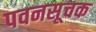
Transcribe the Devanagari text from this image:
पवनसूचक